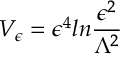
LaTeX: V _ { \epsilon } = \epsilon ^ { 4 } l n { \frac { \epsilon ^ { 2 } } { \Lambda ^ { 2 } } }